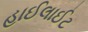
હાઈલાઈટ